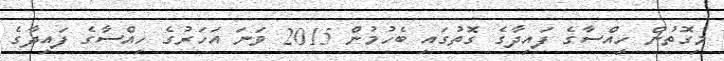
މިގޮތުން ހިއްސާގެ ފައިދާގެ ގޮތުގައި ބެހުމުން 2015 ވަނަ އަހަރުގެ ހިއްސާގެ ފައިދާގެ